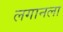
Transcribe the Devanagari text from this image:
लगानला